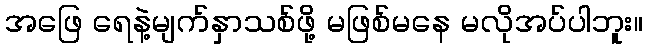
အဖြေ ရေနဲ့မျက်နှာသစ်ဖို့ မဖြစ်မနေ မလိုအပ်ပါဘူး။